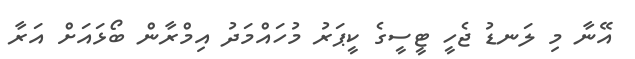
އޭނާ މި ލަނޑު ޖެހީ ޓީސީގެ ކީޕަރު މުހައްމަދު އިމްރާން ބޯޅައަށް އަރާ